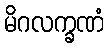
မိဂလက္ခဏံ